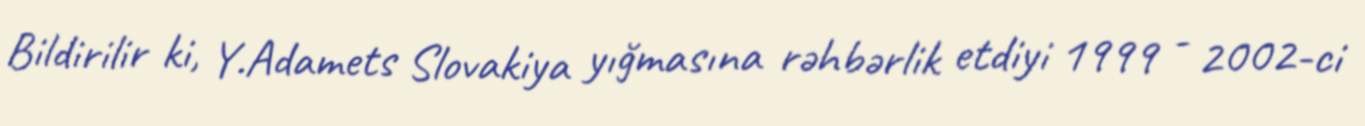
Bildirilir ki, Y.Adamets Slovakiya yığmasına rəhbərlik etdiyi 1999 - 2002-ci